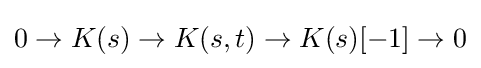
0\to K(s)\to K(s,t)\to K(s)[-1]\to 0